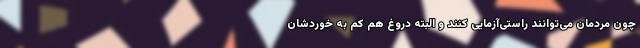
چون مردمان می‌توانند راستی‌آزمایی کنند و البته دروغ هم کم به خوردشان